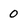
Character: 0